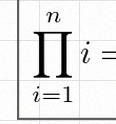
\prod_{i=1}^{n}i=n!